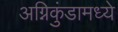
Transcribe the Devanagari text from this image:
अग्निकुंडामध्ये